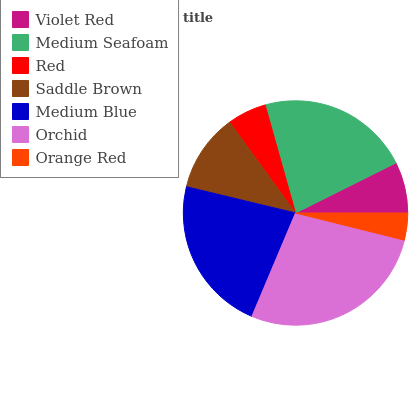
| Violet Red | Medium Seafoam | Red | Saddle Brown | Medium Blue | Orchid | Orange Red |
 | --- | --- | --- | --- | --- | --- | --- |
 | 7.36% | 21.9% | 5.65% | 11.2% | 22.4% | 27.5% | 3.88% |